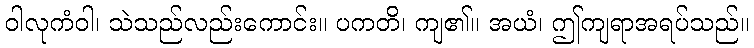
ဝါလုကံဝါ၊ သဲသည်လည်းကောင်း။ ပကတိ၊ ကျ၏။ အယံ၊ ဤကျရာအရပ်သည်။